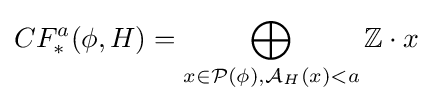
CF_{*}^{a}(\phi ,H)=\bigoplus _{x\in {\mathcal {P}}(\phi ),{\mathcal {A}}_{H}(x)<a}\mathbb {Z} \cdot x